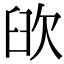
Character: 𦥞